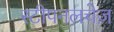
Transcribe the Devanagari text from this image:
स्टीपनलचेज़